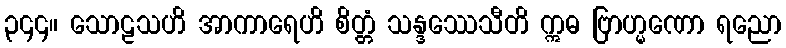
၃၄၄။ သောဠသဟိ အာကာရေဟိ စိတ္တံ သန္ဒဿေသီတိ ဣဓ ဗြာဟ္မဏော ရညော